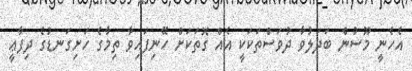
އެހެނީ މޫސުން ބަދަލުވާ ދުވަސްތަކަކީ އެއް ގޮތަކަށް ހޭނިފައިވާ ތިމާގެ ހަށިގަނޑުގެ ދިފާޢީ